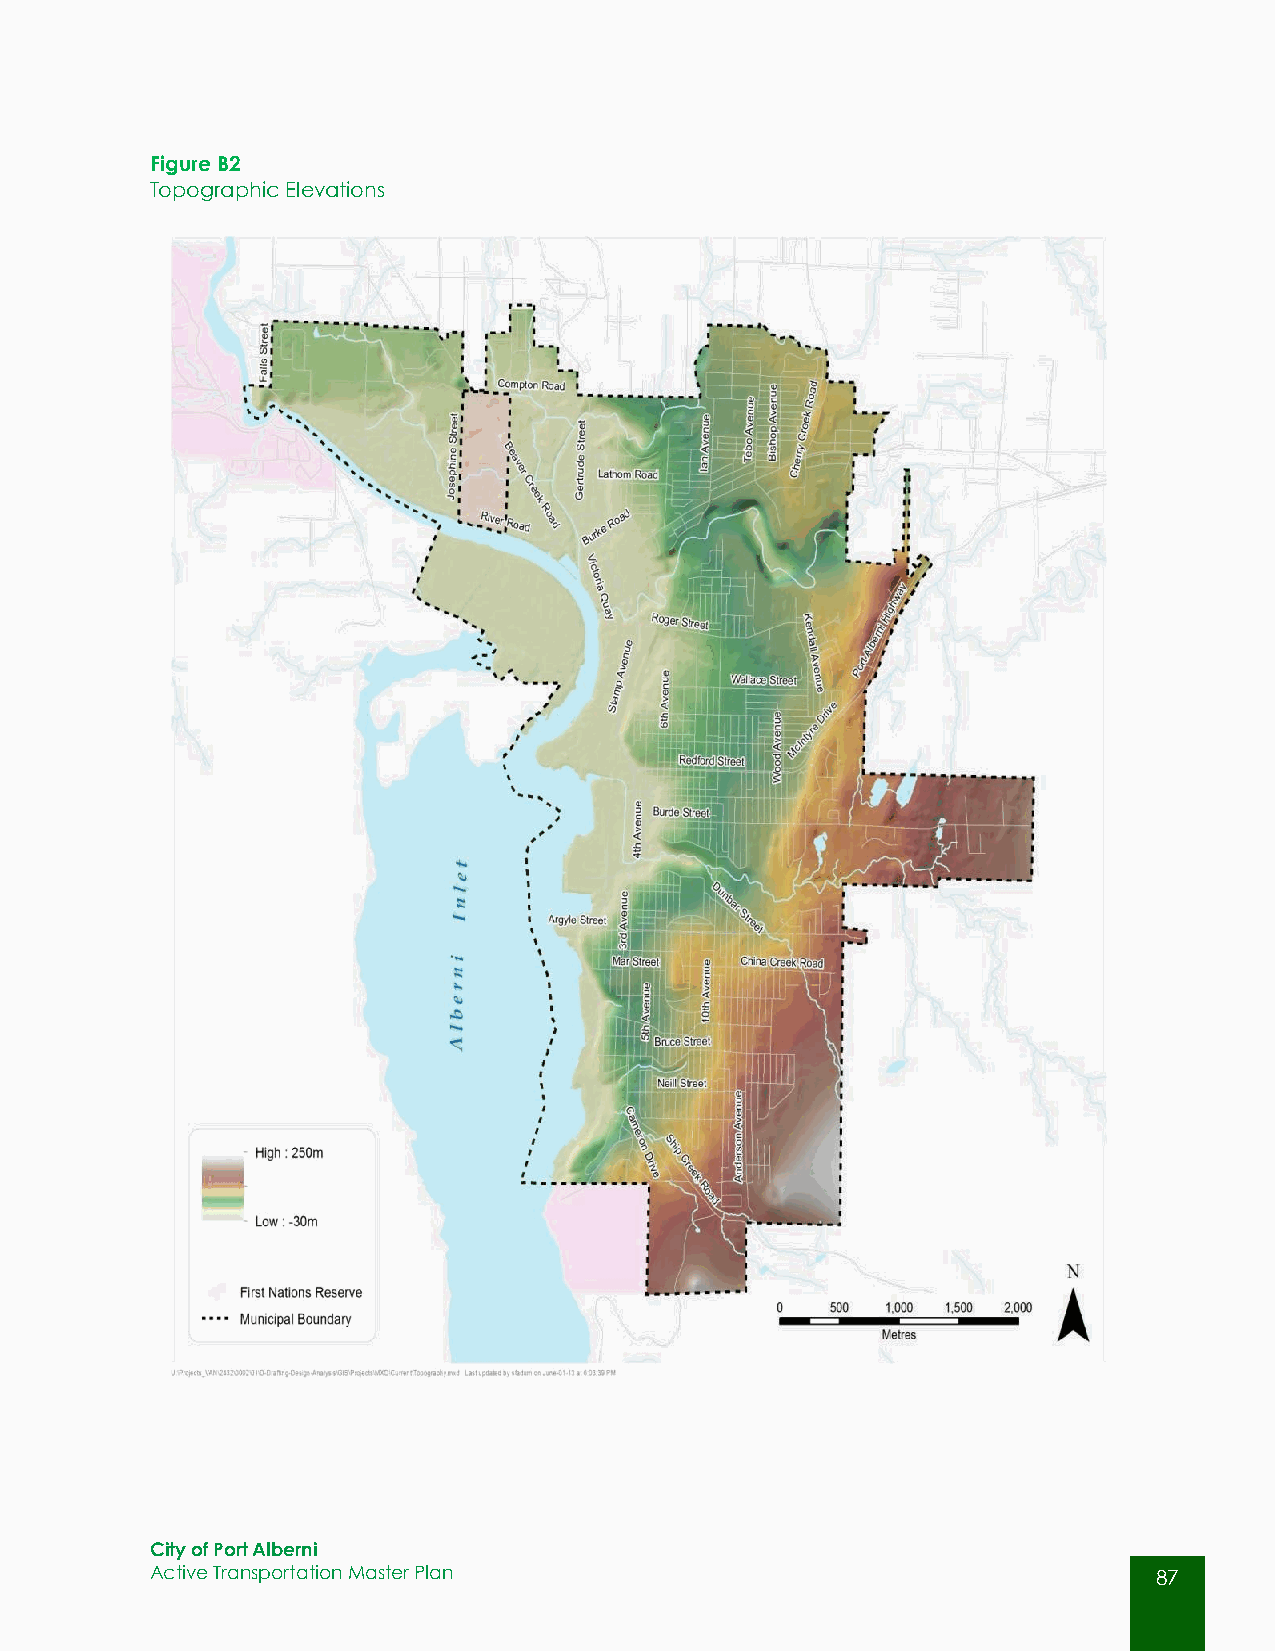
Figure B2
 Topographic Elevations
 City of Port Alberni
 Active Transportation Master Plan                                  87
 87